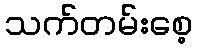
သက်တမ်းစေ့